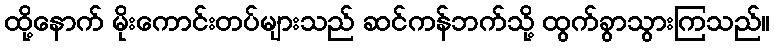
ထို့နောက် မိုးကောင်းတပ်များသည် ဆင်ကန်ဘက်သို့ ထွက်ခွာသွားကြသည်။